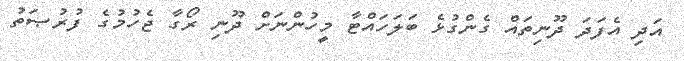
އަދި އެފަދަ ދޫނިތައް ގެންގުޅެ ބަލަހައްޓާ މީހުންނަށް ދޫނި ރޯގާ ޖެހުމުގެ ފުރުޞަތު